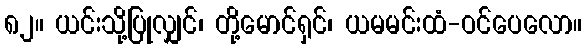
၈၂။ ယင်းသို့ပြုလျှင်၊ တို့မောင်ရှင်၊ ယမမင်းထံ-ဝင်ပေလော။